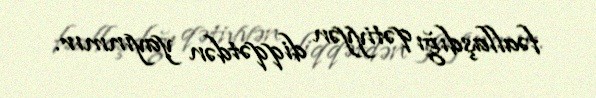
fəallaşdığı qətiyyən diqqətdən yayınmır.